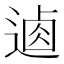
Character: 𨔟